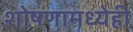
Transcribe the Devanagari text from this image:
शोषणामध्येही